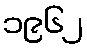
၁၉၆၂